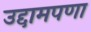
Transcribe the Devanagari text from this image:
उद्दामपणा